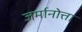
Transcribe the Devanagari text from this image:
जर्मानोत्ता